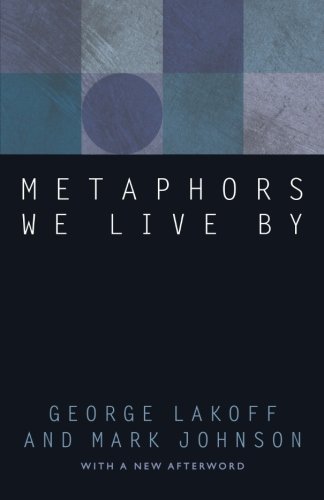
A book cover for Metaphors We Live By; George Lakoff; Literature & Fiction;